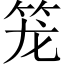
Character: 笼